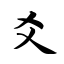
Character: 爻